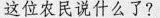
这位农民说什么了?